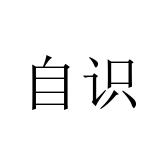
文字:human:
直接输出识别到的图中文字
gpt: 自识